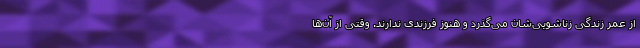
از عمر زندگی زناشویی‌شان می‌گذرد و هنوز فرزندی ندارند. وقتی از آن‌ها